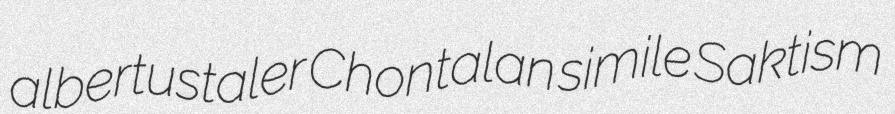
albertustaler Chontalan simile Saktism